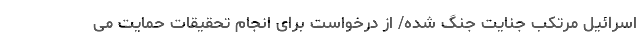
اسرائیل مرتکب جنایت جنگ شده/ از درخواست برای انجام تحقیقات حمایت می